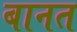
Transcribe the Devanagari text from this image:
बानत